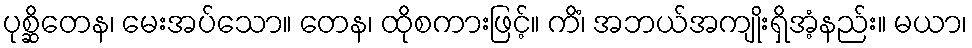
ပုစ္ဆိတေန၊ မေးအပ်သော။ တေန၊ ထိုစကားဖြင့်။ ကိံ၊ အဘယ်အကျိုးရှိအံ့နည်း။ မယာ၊